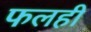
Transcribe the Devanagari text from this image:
फलही